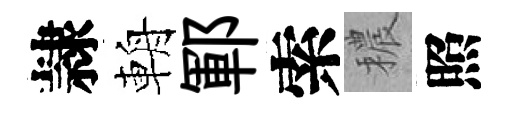
隷輈鄆索穠照